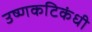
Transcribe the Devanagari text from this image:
उष्णकटिकंधी